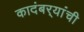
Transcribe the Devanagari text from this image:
कादंबर्‍यांंची